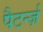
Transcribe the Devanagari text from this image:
पैटर्न्ज़